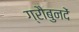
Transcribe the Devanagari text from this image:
ग्रौबुनदें